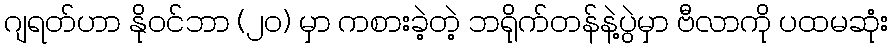
ဂျရတ်ဟာ နိုဝင်ဘာ (၂၀) မှာ ကစားခဲ့တဲ့ ဘရိုက်တန်နဲ့ပွဲမှာ ဗီလာကို ပထမဆုံး